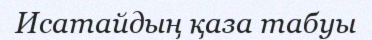
Исатайдың қаза табуы